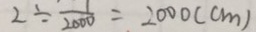
2 \div \frac { 1 } { 2 0 0 0 } = 2 0 0 0 ( c m )